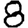
Digit: 8